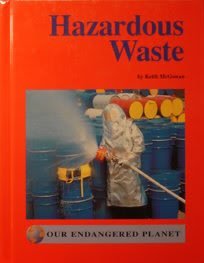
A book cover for Hazardous Waste (Overview Series); Keith McGowan; Science & Math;